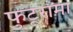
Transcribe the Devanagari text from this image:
फुटूरामा